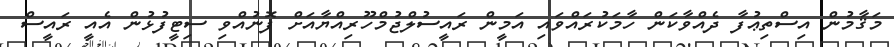
މަޤާމުން އިސްތިޢުފާ ދެއްވާކަން ހާމަކުރައްވައި އަމީން ރައީސުލްޖުމްހޫރިއްޔާއަށް ފޮނުއްވި ސިޓީފުޅުން އެއީ ރައީސް